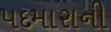
પદમારાની